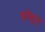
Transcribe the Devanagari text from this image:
सोदुन्